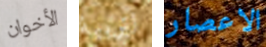
الأخوان لتربية الاعصار